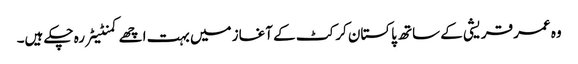
وہ عمر قریشی کے ساتھ پاکستان کرکٹ کے آغاز میں بہت اچھے کمنٹیٹر رہ چکے ہیں۔